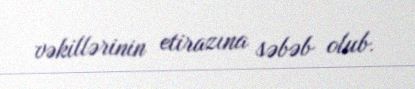
vəkillərinin etirazına səbəb olub.